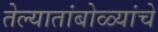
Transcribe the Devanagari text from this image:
तेल्यातांबोळ्यांचे